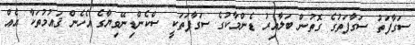
ސަގާފަތު ސަގާފަތުގެ ގޮތުން ބަލާއިރު ޑެންމާކުގެ ސަގާފަތަކީ ސްކެންޑިނޭވިޔާގެ އެހެން ޤައުމުތަކާ އެއް